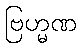
ဗြဟ္မဏ